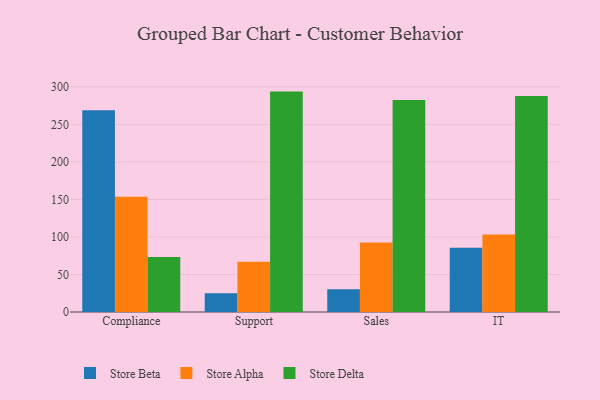
{"axis": {"x": "Department", "y": "Active Users"}, "legend": ["Store Alpha", "Store Beta", "Store Delta"], "data": [{"x": "Compliance", "y": 268.9, "type": "Store Beta"}, {"x": "Compliance", "y": 153.6, "type": "Store Alpha"}, {"x": "Compliance", "y": 73.2, "type": "Store Delta"}, {"x": "Support", "y": 25.1, "type": "Store Beta"}, {"x": "Support", "y": 67.1, "type": "Store Alpha"}, {"x": "Support", "y": 293.7, "type": "Store Delta"}, {"x": "Sales", "y": 30.4, "type": "Store Beta"}, {"x": "Sales", "y": 92.6, "type": "Store Alpha"}, {"x": "Sales", "y": 282.6, "type": "Store Delta"}, {"x": "IT", "y": 85.7, "type": "Store Beta"}, {"x": "IT", "y": 103.3, "type": "Store Alpha"}, {"x": "IT", "y": 287.9, "type": "Store Delta"}]}